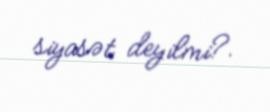
siyasət deyilmi?.